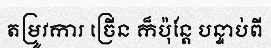
តម្រូវការ ច្រើន ក៏ប៉ុន្តែ បន្ទាប់ពី